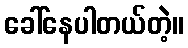
ခေါ်နေပါတယ်တဲ့။